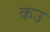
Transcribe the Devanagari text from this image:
कउ